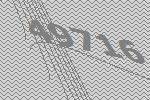
49716